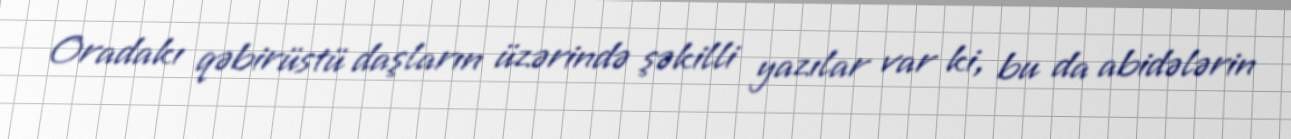
Oradakı qəbirüstü daşların üzərində şəkilli yazılar var ki, bu da abidələrin